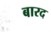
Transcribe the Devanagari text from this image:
बारद